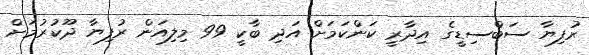
ރުފިޔާ ސަބްސިޑީގެ އިދާރީ ކަންކަމަށް އަދި ބާކީ 99 މިލިއަން ރުފިޔާ ދޫކުރުމަށް